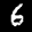
Label: 6